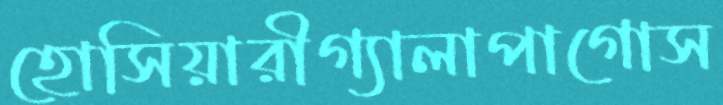
হোসিয়ারীগ্যালাপাগোস